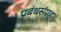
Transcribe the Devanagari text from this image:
प्रबंधसंग्रह